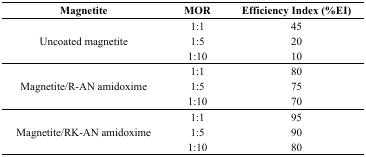
| Magnetite | MOR | Efficiency Index (%EI) |
 | --- | --- | --- |
 | <ROWSPAN=3> Uncoated magnetite | 1:1 | 45 |
 | 1:5 | 20 |
 | 1:10 | 10 |
 | <ROWSPAN=3> Magnetite/R-AN amidoxime | 1:1 | 80 |
 | 1:5 | 75 |
 | 1:10 | 70 |
 | <ROWSPAN=3> Magnetite/RK-AN amidoxime | 1:1 | 95 |
 | 1:5 | 90 |
 | 1:10 | 80 |